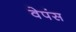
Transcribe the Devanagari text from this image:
वेपंस